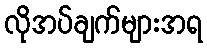
လိုအပ်ချက်များအရ